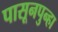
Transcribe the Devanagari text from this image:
पासूनपुन्हा